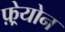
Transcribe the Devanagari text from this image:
फ़्रेयोन